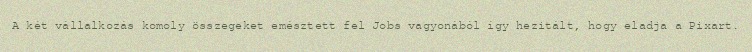
A két vállalkozás komoly összegeket emésztett fel Jobs vagyonából így hezitált, hogy eladja a Pixart.